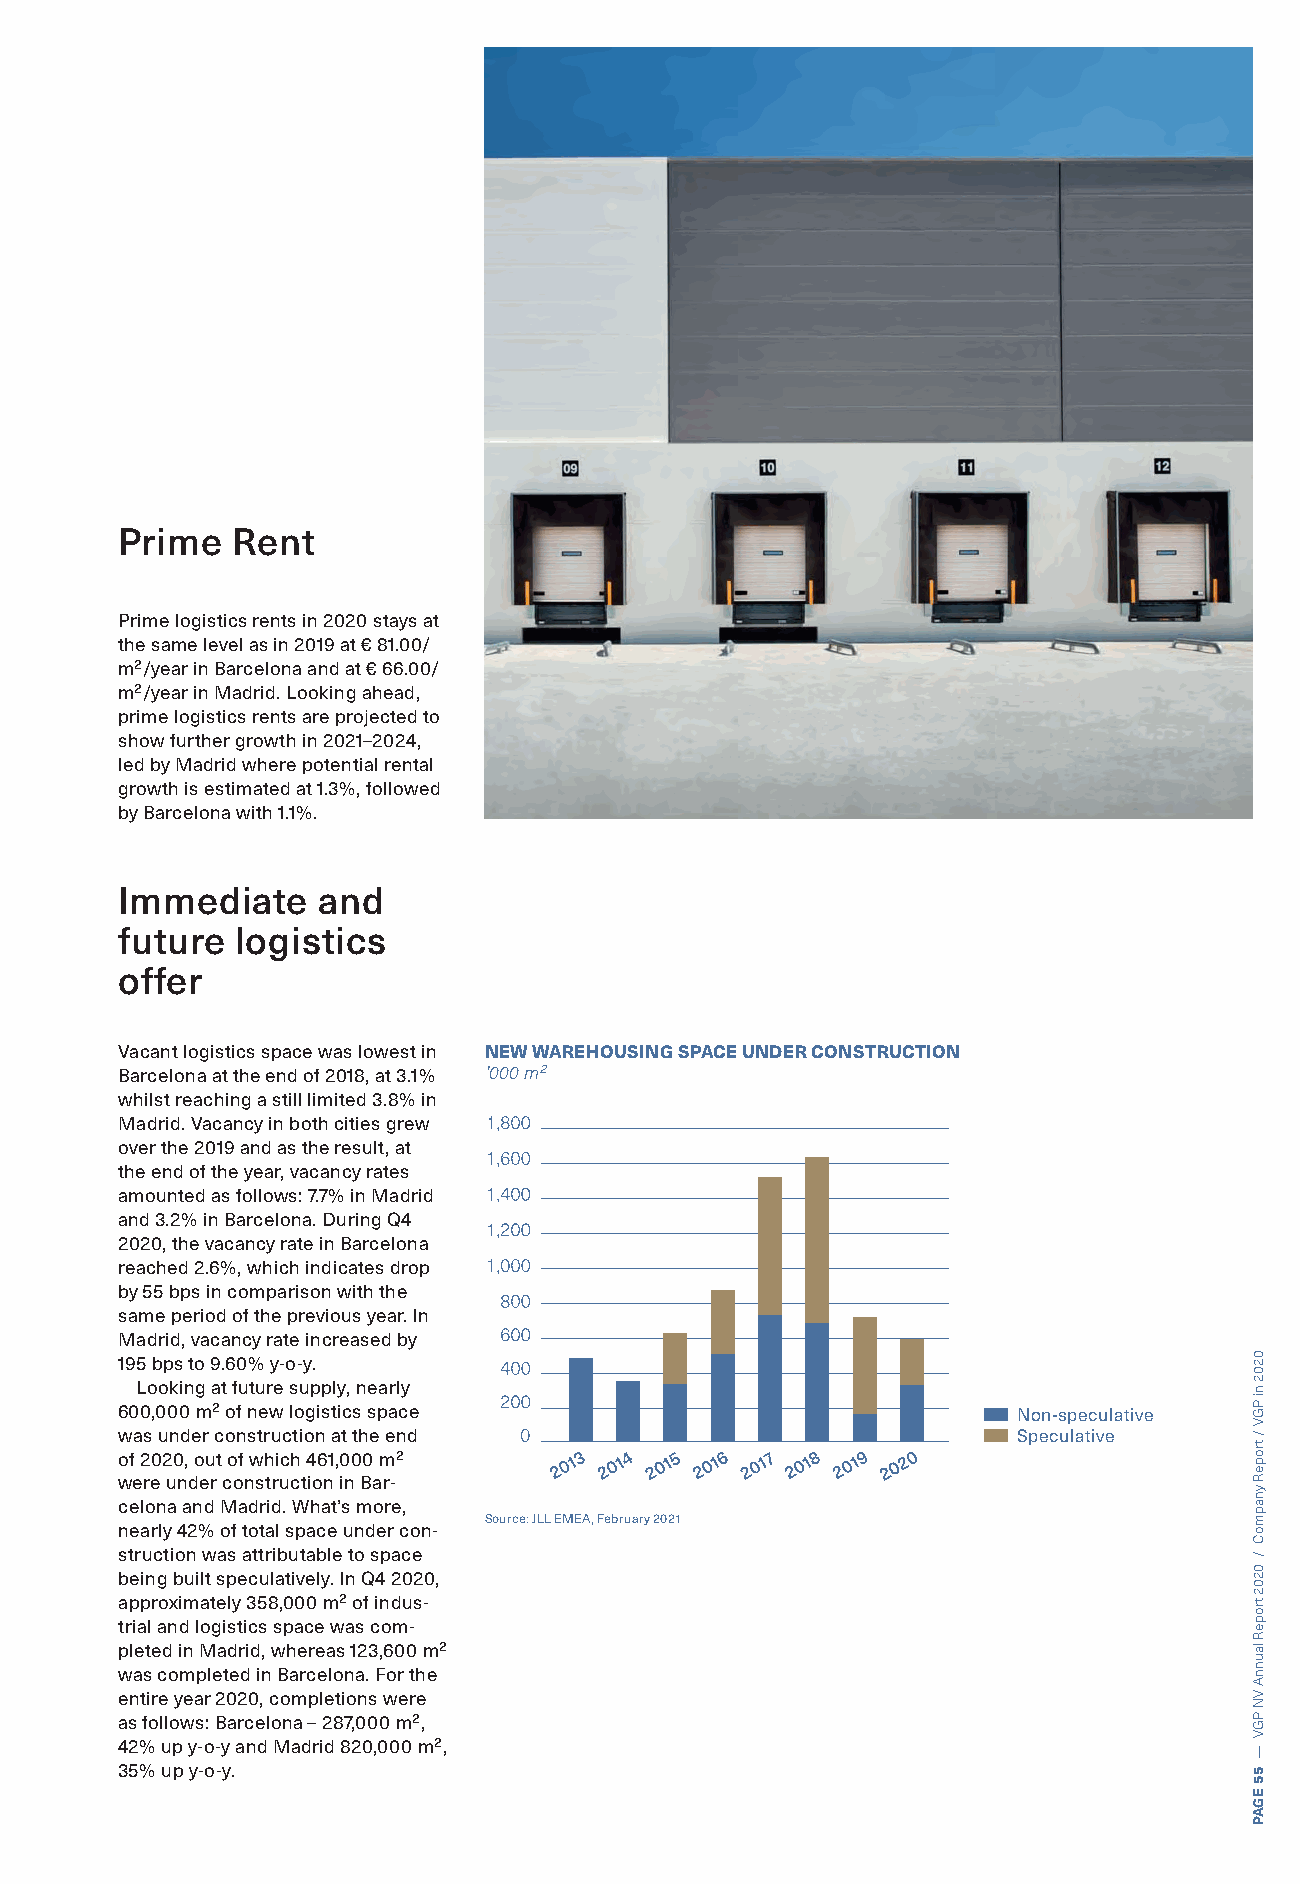
Prime  Rent
 Prime logistics rents in 2020 stays at
 the same level as in 2019 at € 81.00/
 m²/year in Barcelona and at € 66.00/
 m²/year in Madrid. Looking ahead,
 prime logistics rents are projected to
 show further growth in 2021–2024,
 led by Madrid where potential rental
 growth is estimated at 1.3%, followed
 by Barcelona with 1.1%.
 Immediate    and
 future  logistics
 offer
 Vacant logistics space was lowest in NEW WAREHOUSING SPACE UNDER CONSTRUCTION
 Barcelona at the end of 2018, at 3.1% ’000 m²
 whilst reaching a still limited 3.8% in
 Madrid. Vacancy in both cities grew
 over the 2019 and as the result, at
 the end of the year, vacancy rates
 amounted as follows: 7.7% in Madrid
 and 3.2% in Barcelona. During Q4
 2020, the vacancy rate in Barcelona
 reached 2.6%, which indicates drop
 by 55 bps in comparison with the
 same period of the previous year. In
 Madrid, vacancy rate increased by
 195 bps to 9.60% y-o-y.
 Looking at future supply, nearly
 600,000 m² of new logistics space                          Non-speculative
 was under construction at the end                          Speculative
 of 2020, out of which 461,000 m²
 were under construction in Bar-
 celona and Madrid. What’s more,
 Source: JLL EMEA, February 2021
 nearly 42% of total space under con-
 struction was attributable to space
 being built speculatively. In Q4 2020,
 approximately 358,000 m² of indus-
 trial and logistics space was com-
 pleted in Madrid, whereas 123,600 m²
 was completed in Barcelona. For the
 entire year 2020, completions were
 as follows: Barcelona – 287,000 m²,
 42% up y-o-y and Madrid 820,000 m²,
 35% up y-o-y.
 0202
 ni
 PGV
 /
 tropeR
 ynapmoC
 /
 0202
 tropeR
 launnA
 VN
 PGV
 —
 55
 EGAP